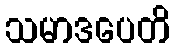
သမာဒပေတိ